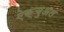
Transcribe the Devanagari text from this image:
ऐक्चुअल